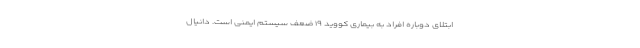
ابتلای دوباره افراد به بیماری کووید ۱۹ ضعف سیستم ایمنی است. دانیال